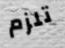
تلزم